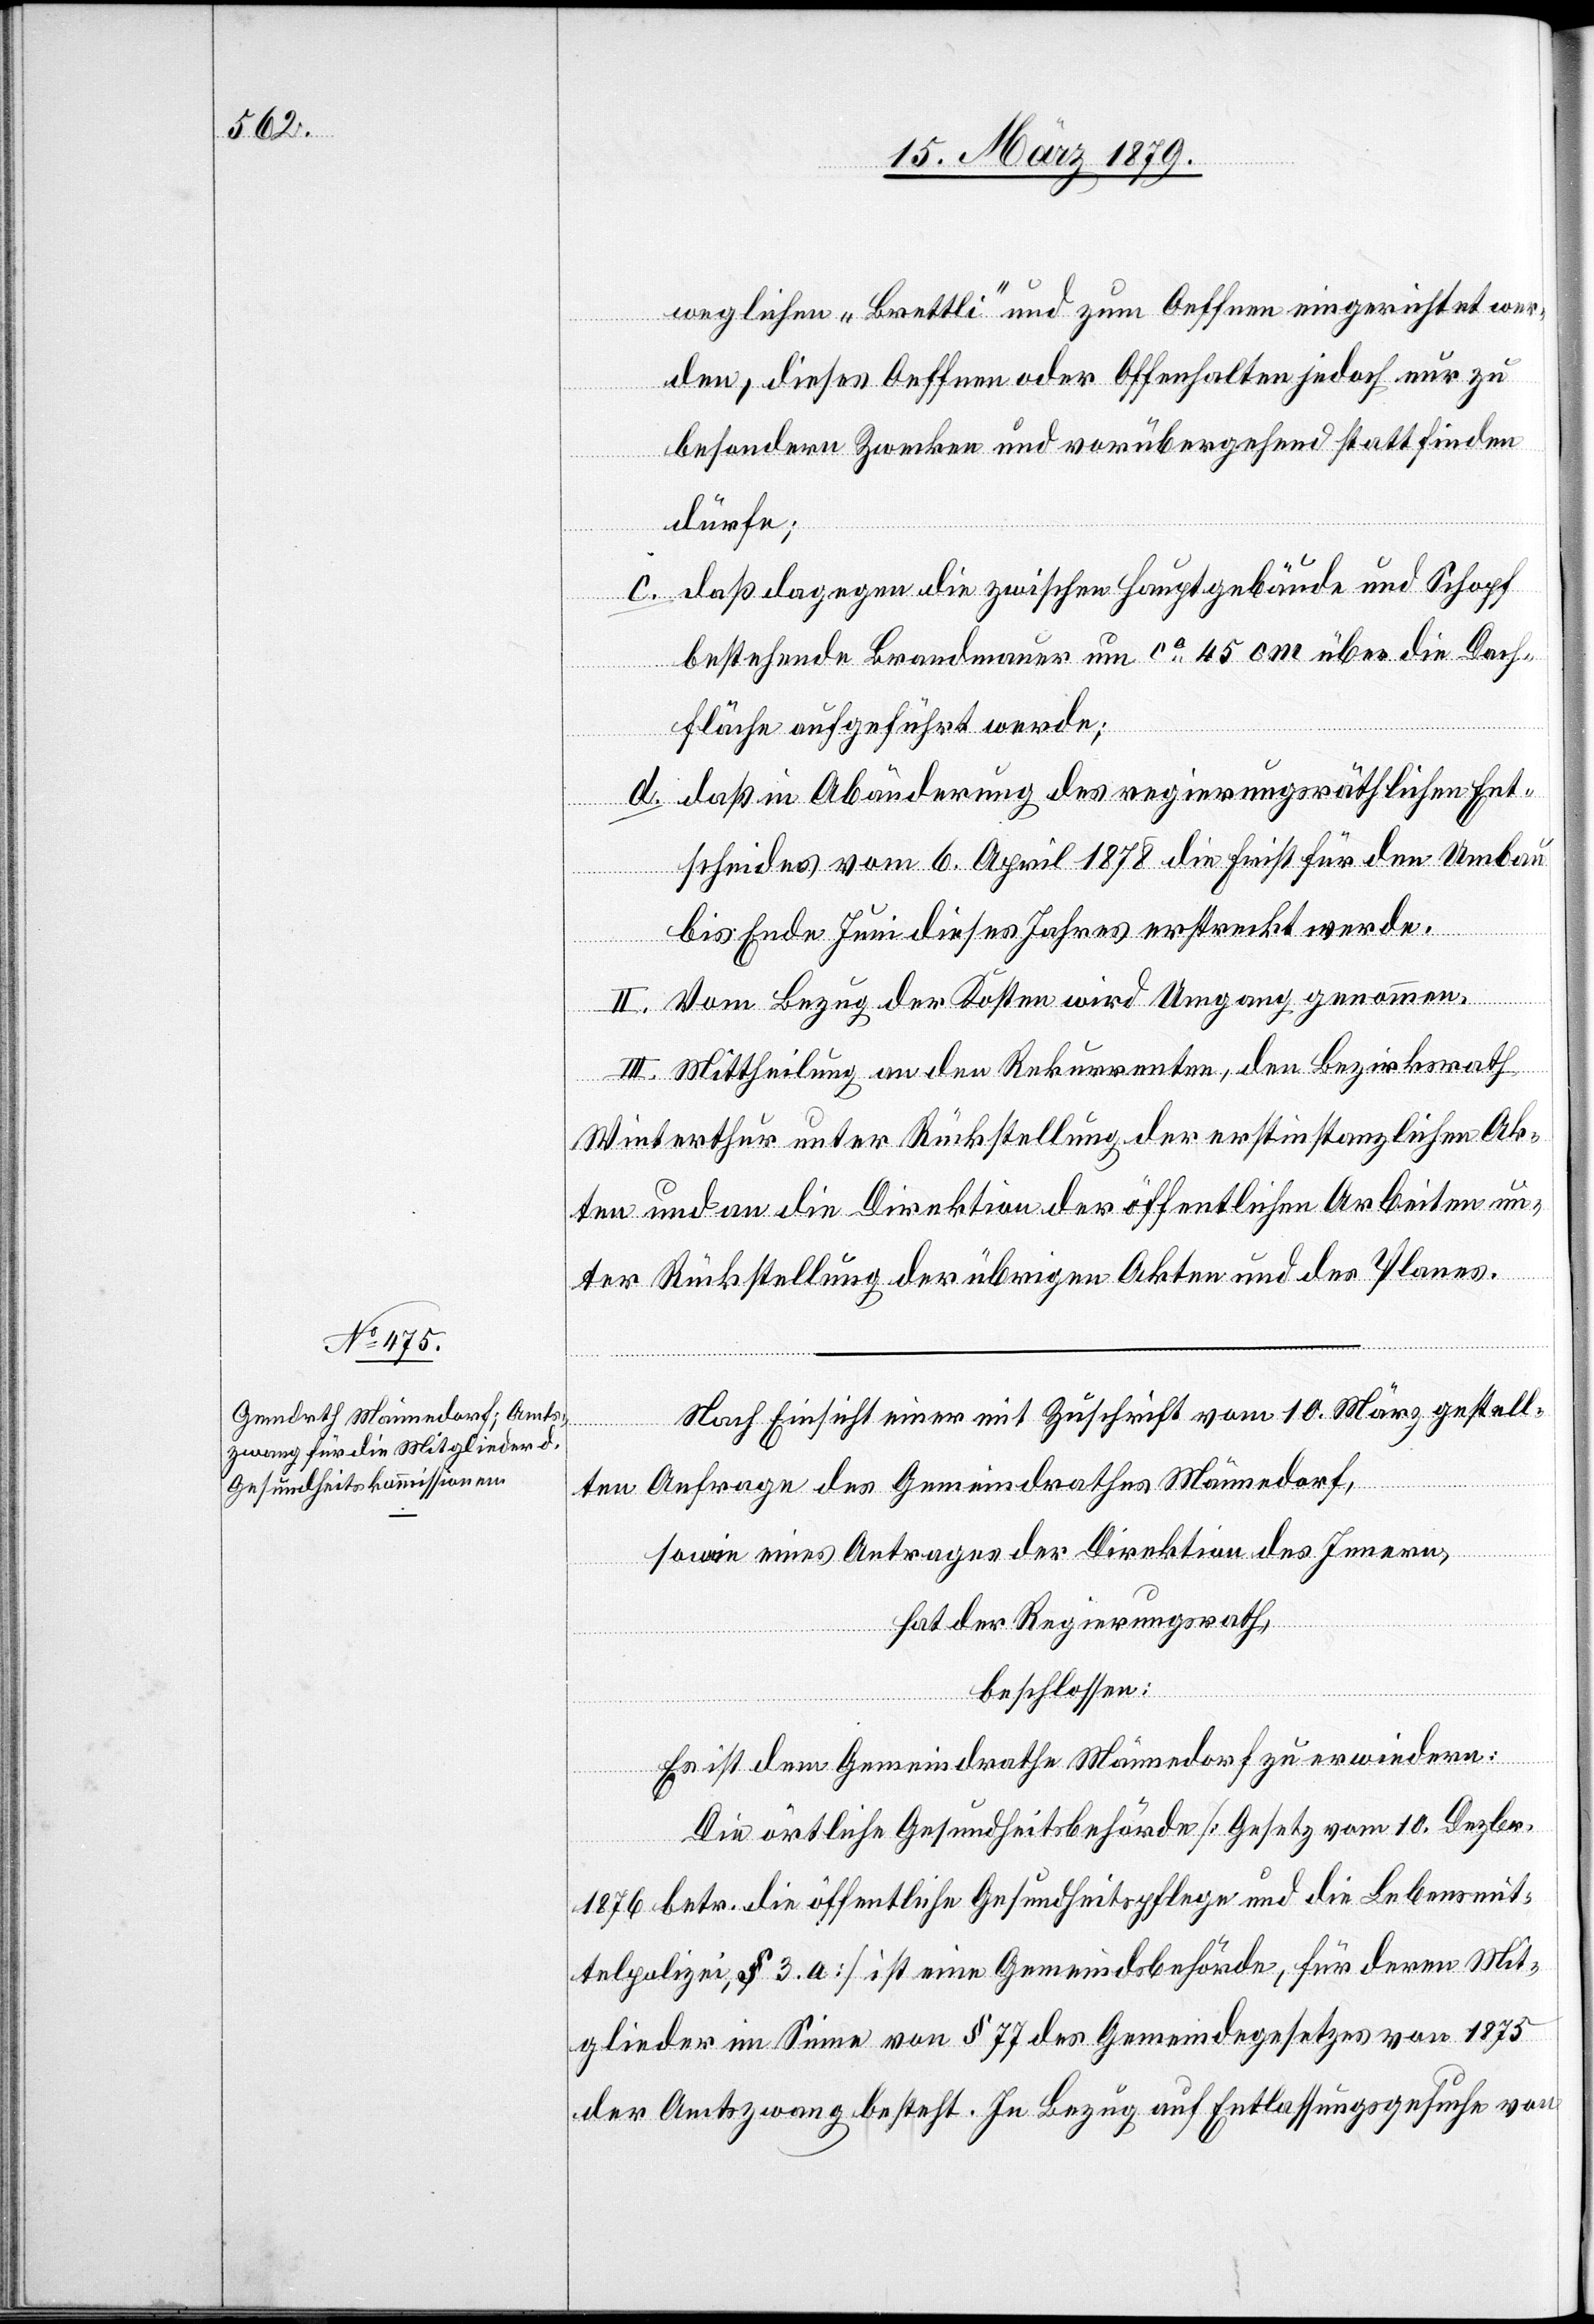
weglichen „Brettli“ und zum Oeffnen eingerichtet wer¬
den, dieses Oeffnen oder Offenhalten jedoch nur zu
besondern Zwecken und vorübergehend stattfinden
dürfe;
c. daß dagegen die zwischen Hauptgebäude und Schopf
bestehende Brandmauer um ca 45 cm über die Dach¬
fläche aufgeführt werde;
d. daß in Abänderung des regierungsräthlichen Ent¬
scheides vom 6. April 1878 die Frist für den Umbau
bis Ende Juni dieses Jahres erstreckt werde.
II. Vom Bezug der Kosten wird Umgang genommen.
III. Mittheilung an den Rekurrenten, den Bezirksrath
Winterthur unter Rückstellung der erstinstanzlichen Ak¬
ten und an die Direktion der öffentlichen Arbeiten un¬
ter Rückstellung der übrigen Akten und des Planes.
Nach Einsicht einer mit Zuschrift vom 10. März gestell¬
ten Anfrage des Gemeindrathes Männedorf,
sowie eines Antrages der Direktion des Innern,
hat der Regierungsrath,
beschlossen:
Es ist dem Gemeindrathe Männedorf zu erwiedern:
Die örtliche Gesundheitsbehörde [Gesetz vom 10. Dezbr.
1876 betr. die öffentliche Gesundheitspflege und die Lebensmit¬
telpolizei, § 3. a] ist eine Gemeindsbehörde, für deren Mit¬
glieder im Sinne von § 77 des Gemeindegesetzes von 1875
der Amtszwang besteht. In Bezug auf die Entlassungsgesuche von